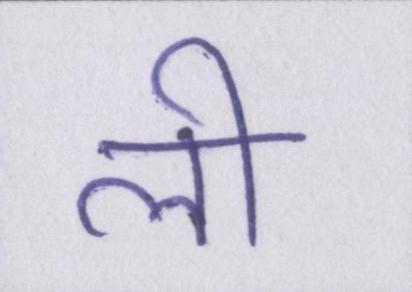
ली